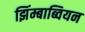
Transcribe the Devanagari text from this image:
झिंम्बाब्वियन